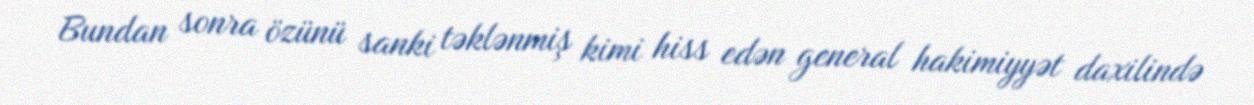
Bundan sonra özünü sanki təklənmiş kimi hiss edən general hakimiyyət daxilində